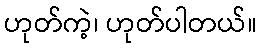
ဟုတ်ကဲ့၊ ဟုတ်ပါတယ်။